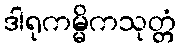
ဒါရုကမ္မိကသုတ္တံ